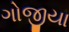
ગોજીયા